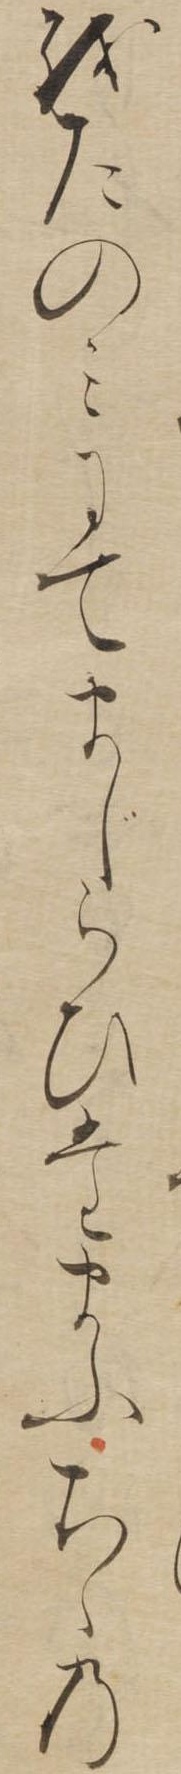
をたのみにてまじらひたまふちゝの